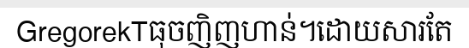
GregorekTធុចញិញហាន់។ដោយសារតែ